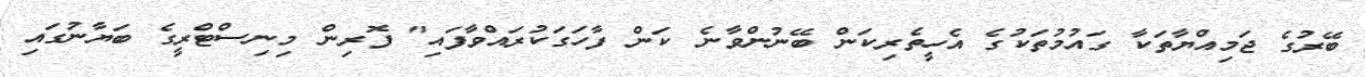
ބޭރުގެ ޖަމިއްޔާތަކާ ގައުމުތަކުގެ އެހީތެރިކަން ބޭނުންވާނެ ކަން ފާހަގަކުރައްވާފައި" ފޮރިން މިނިސްޓްރީގެ ބަޔާނުގައި